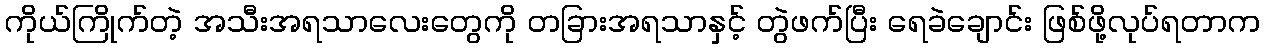
ကိုယ်ကြိုက်တဲ့ အသီးအရသာလေးတွေကို တခြားအရသာနှင့် တွဲဖက်ပြီး ရေခဲချောင်း ဖြစ်ဖို့လုပ်ရတာက